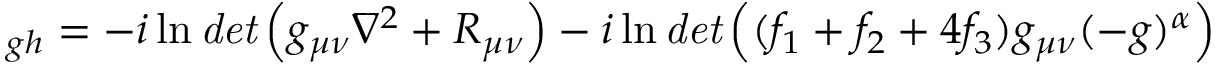
_ { g h } = - i \ln { \it d e t } \left( g _ { \mu \nu } \nabla ^ { 2 } + R _ { \mu \nu } \right) - i \ln { \it d e t } \left( ( f _ { 1 } + f _ { 2 } + 4 f _ { 3 } ) g _ { \mu \nu } ( - g ) ^ { \alpha } \right)